Vaccination North-Western Provinces 1866-1877 - 1866-1877
Year: 1866
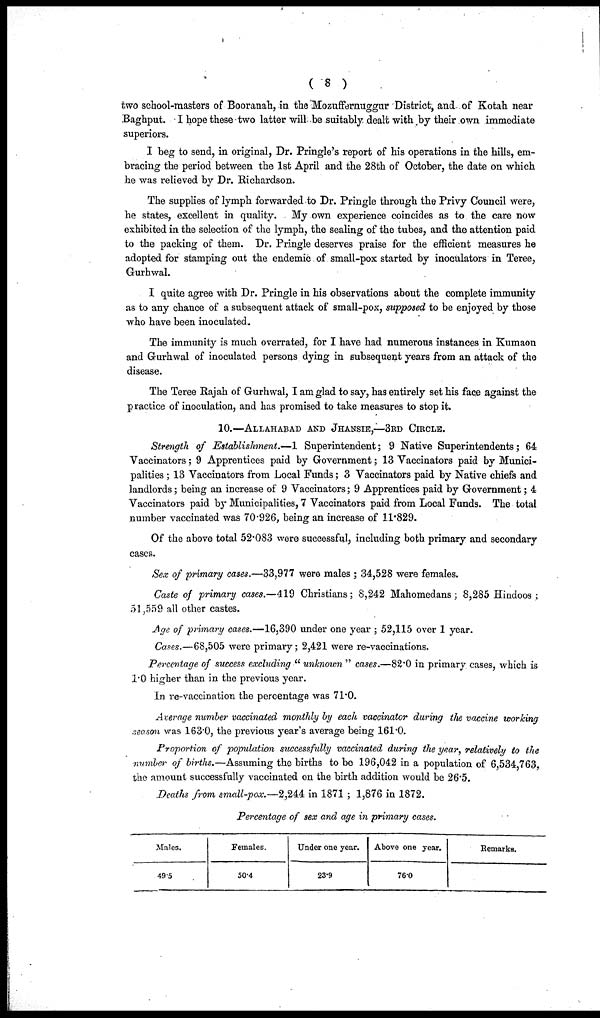
( 8 )
two school-masters of Booranah, in the Mozuffernuggur District, and of Kotah near
Baghput. I hope these two latter will be suitably dealt with by their own immediate
superiors.
I beg to send, in original, Dr. Pringle's report of his operations in the hills, em-
bracing the period between the 1st April and the 28th of October, the date on which
he was relieved by Dr. Richardson.
The supplies of lymph forwarded to Dr. Pringle through the Privy Council were,
he states, excellent in quality. My own experience coincides as to the care now
exhibited in the selection of the lymph, the sealing of the tubes, and the attention paid
to the packing of them. Dr. Pringle deserves praise for the efficient measures he
adopted for stamping out the endemic of small-pox started by inoculators in Teree,
Gurhwal.
I quite agree with Dr. Pringle in his observations about the complete immunity
as to any chance of a subsequent attack of small-pox, supposed to be enjoyed by those
who have been inoculated.
The immunity is much overrated, for I have had numerous instances in Kumaon
and Gurhwal of inoculated persons dying in subsequent years from an attack of the
disease.
The Teree Rajah of Gurhwal, I am glad to say, has entirely set his face against the
practice of inoculation, and has promised to take measures to stop it.
10.—ALLAHABAD AND JHANSIE,—3RD CIRCLE.
Strength of Establishment.—1 Superintendent; 9 Native Superintendents; 64
Vaccinators; 9 Apprentices paid by Government; 13 Vaccinators paid by Munici-
palities ; 13 Vaccinators from Local Funds; 3 Vaccinators paid by Native chiefs and
landlords; being an increase of 9 Vaccinators; 9 Apprentices paid by Government; 4
Vaccinators paid by Municipalities, 7 Vaccinators paid from Local Funds. The total
number vaccinated was 70.926, being an increase of 11.829.
Of the above total 52.083 were successful, including both primary and secondary
cases.
Sex of primary cases.—33,977 were males ; 34,528 were females.
Caste of primary cases.—419 Christians; 8,242 Mahomedans; 8,285 Hindoos ;
51,559 all other castes.
Age of primary cases.—16,390 under one year ; 52,115 over 1 year.
Cases.—68,505 were primary; 2,421 were re-vaccinations.
Percentage of success excluding “unknown" cases.—82.0 in primary cases, which is
1.0 higher than in the previous year.
In re-vaccination the percentage was 71.0.
Average number vaccinated monthly by each vaccinator during the vaccine working
season was 163.0, the previous year's average being 161.0.
Proportion of population successfully vaccinated during the year, relatively to the
number of births.—Assuming the births to be 196,042 in a population of 6,534,763,
the amount successfully vaccinated on the birth addition would be 26.5.
Deaths from small-pox.—2,244 in 1871; 1,876 in 1872.
Percentage of sex and age in primary cases.
Males.
49.5
Females.
50.4
Under one year.
23.9
Above one year.
76.0
Remarks.